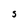
Character: S